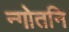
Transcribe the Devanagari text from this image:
न्गोतनि